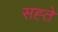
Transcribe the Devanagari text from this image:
सह्ते